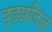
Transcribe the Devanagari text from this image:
दृढ़प्रतिज्ञ